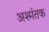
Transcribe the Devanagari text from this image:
अश्मंतक